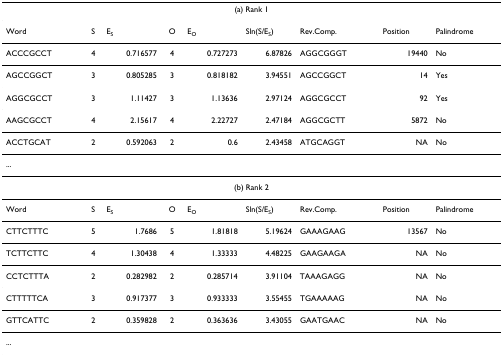
| <COLSPAN=9> (a) Rank 1 |
 | --- | --- | --- | --- | --- | --- | --- | --- | --- |
 | Word | S | ES | O | EO | Sln(S/ES) | Rev.Comp. | Position | Palindrome |
 | ACCCGCCT | 4 | 0.716577 | 4 | 0.727273 | 6.87826 | AGGCGGGT | 19440 | No |
 | AGCCGGCT | 3 | 0.805285 | 3 | 0.818182 | 3.94551 | AGCCGGCT | 14 | Yes |
 | AGGCGCCT | 3 | 1.11427 | 3 | 1.13636 | 2.97124 | AGGCGCCT | 92 | Yes |
 | AAGCGCCT | 4 | 2.15617 | 4 | 2.22727 | 2.47184 | AGGCGCTT | 5872 | No |
 | ACCTGCAT | 2 | 0.592063 | 2 | 0.6 | 2.43458 | ATGCAGGT | NA | No |
 | ... |  |  |  |  |  |  |  |  |
 | <COLSPAN=9> (b) Rank 2 |
 | Word | S | ES | O | EO | Sln(S/ES) | Rev.Comp. | Position | Palindrome |
 | CTTCTTTC | 5 | 1.7686 | 5 | 1.81818 | 5.19624 | GAAAGAAG | 13567 | No |
 | TCTTCTTC | 4 | 1.30438 | 4 | 1.33333 | 4.48225 | GAAGAAGA | NA | No |
 | CCTCTTTA | 2 | 0.282982 | 2 | 0.285714 | 3.91104 | TAAAGAGG | NA | No |
 | CTTTTTCA | 3 | 0.917377 | 3 | 0.933333 | 3.55455 | TGAAAAAG | NA | No |
 | GTTCATTC | 2 | 0.359828 | 2 | 0.363636 | 3.43055 | GAATGAAC | NA | No |
 | ... |  |  |  |  |  |  |  |  |